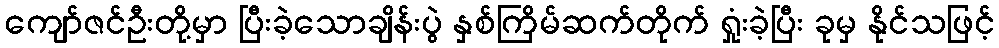
ကျော်ဇင်ဦးတို့မှာ ပြီးခဲ့သောချိန်းပွဲ နှစ်ကြိမ်ဆက်တိုက် ရှုံးခဲ့ပြီး ခုမှ နိုင်သဖြင့်